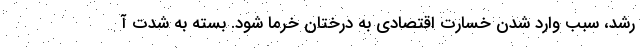
رشد، سبب وارد شدن خسارت اقتصادی به درختان خرما شود. بسته به شدت آ